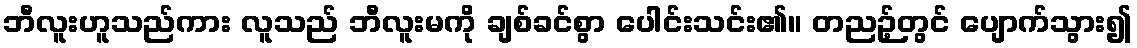
ဘီလူးဟူသည်ကား လူသည် ဘီလူးမကို ချစ်ခင်စွာ ပေါင်းသင်း၏။ တညဉ့်တွင် ပျောက်သွား၍